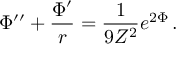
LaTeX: \Phi ^ { \prime \prime } + \frac { \Phi ^ { \prime } } { r } = \frac { 1 } { 9 Z ^ { 2 } } e ^ { 2 \Phi } \, .